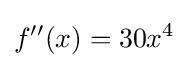
f''(x)=30x^{4}